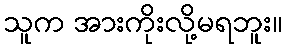
သူက အားကိုးလို့မရဘူး။